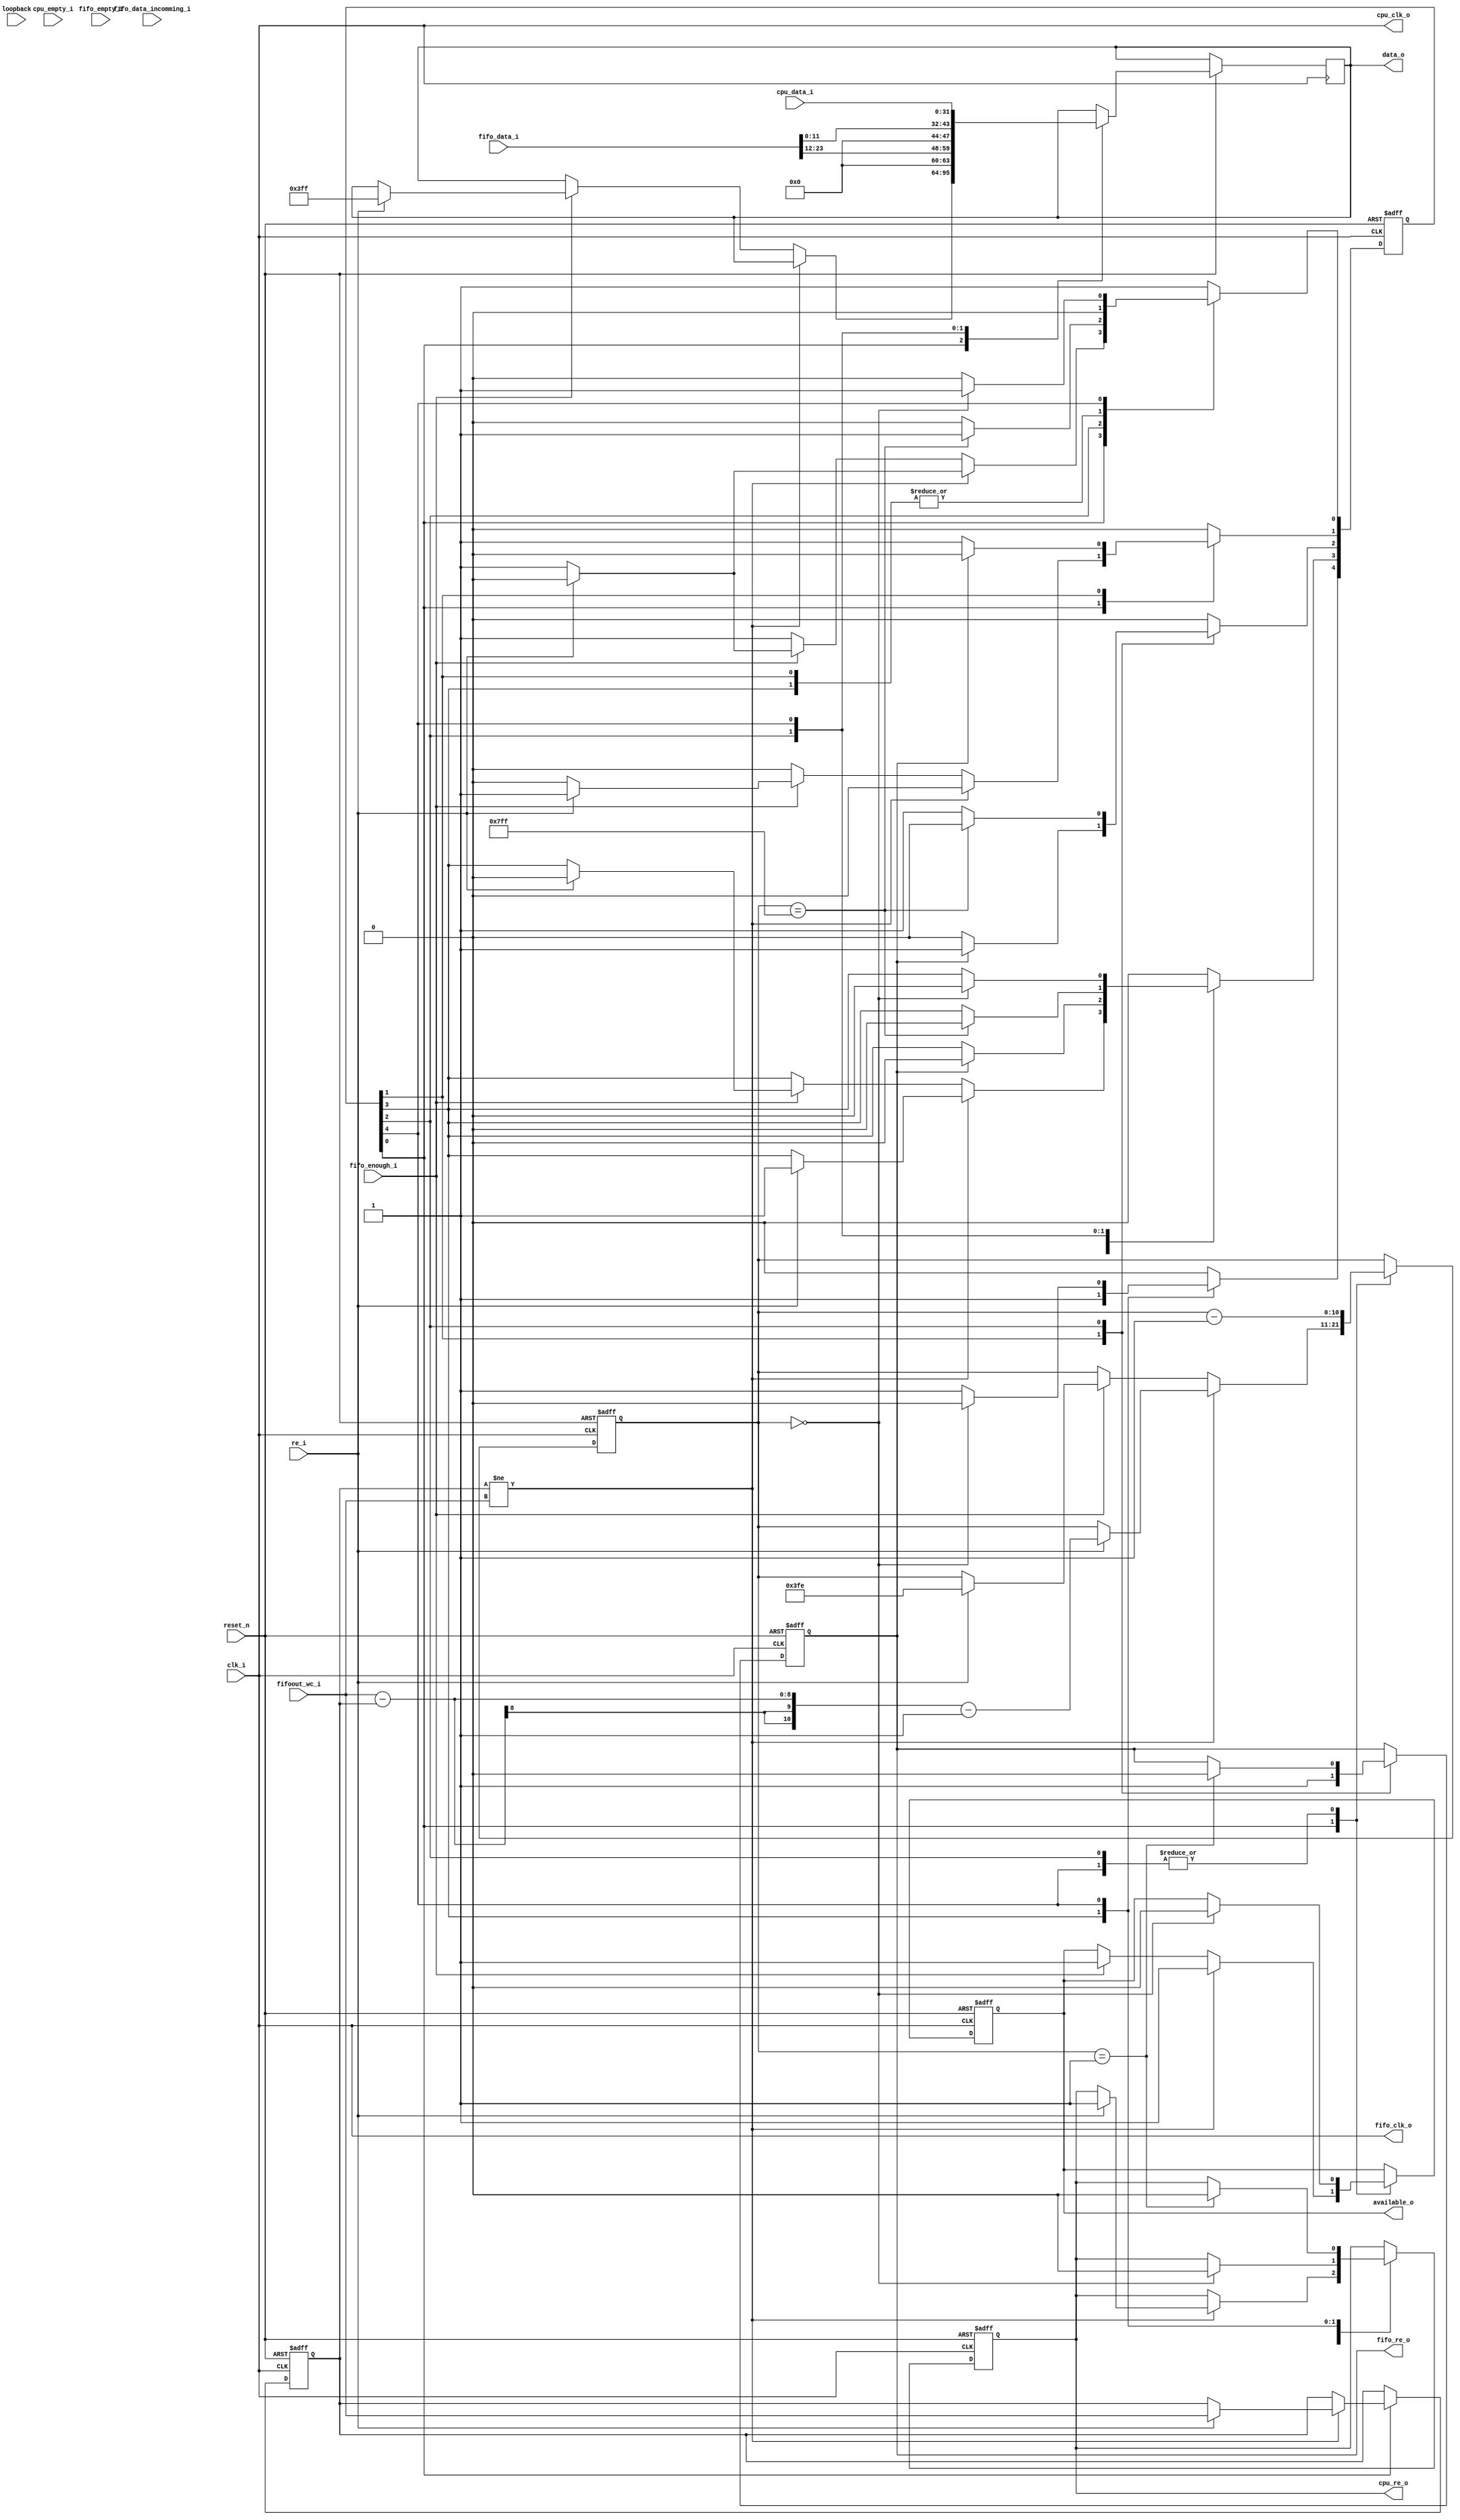


module sel_a2f(
    reset_n,
    loopback,
		// FIFO/ECPU to FTDI
	//input from FIFO
	fifo_data_i,
	fifo_clk_o,
	fifo_re_o,
    fifo_empty_i,
    fifo_enough_i,
    fifo_data_incomming_i,
	
	//input from ECPU
	cpu_data_i,
    cpu_empty_i,
	cpu_clk_o,
	cpu_re_o,
    fifoout_wc_i,
	
	//output to FTDI
	clk_i,
	re_i,
    data_o,
    available_o
	);
	

parameter FT_DATA_WIDTH = 32;
parameter IQ_PAIR_WIDTH = 24;
parameter QSTART_BIT_INDEX = 16;	

localparam FIFO_WORDS_PER_TRANS = 1024;

parameter ST_IDLE=0, ST_DUMMY_FIFO=1,  ST_FIFO=2, ST_DUMMY_CPU=3, ST_CPU=4;

input wire reset_n, loopback;

input wire clk_i;
output wire cpu_clk_o;
output wire fifo_clk_o;

input wire re_i;
output reg fifo_re_o;
output reg cpu_re_o;

output reg[FT_DATA_WIDTH-1:0] data_o;
input wire[FT_DATA_WIDTH-1:0] cpu_data_i;
input wire[IQ_PAIR_WIDTH-1:0] fifo_data_i;


input wire fifo_empty_i, fifo_enough_i, fifo_data_incomming_i, cpu_empty_i;
output reg available_o;
input wire[7:0] fifoout_wc_i;


//----------------------------------------------------------------------    

wire[FT_DATA_WIDTH-1:0] fifo_data_32 =
        {{(FT_DATA_WIDTH-(QSTART_BIT_INDEX+IQ_PAIR_WIDTH/2)){1'b0}},
           fifo_data_i[IQ_PAIR_WIDTH - 1:IQ_PAIR_WIDTH/2],
        {(QSTART_BIT_INDEX-IQ_PAIR_WIDTH/2){1'b0}},
           fifo_data_i[IQ_PAIR_WIDTH/2 - 1:0]}; 



assign cpu_clk_o = clk_i;    
assign fifo_clk_o = clk_i;                            



// Internal  
    
reg[4:0] state;
reg[7:0] cpu_fifo_wc_done;
reg[10:0] packet_cnt;

wire have_cpu_packet = cpu_fifo_wc_done != fifoout_wc_i;


always @ (posedge clk_i or negedge reset_n)    
if (~reset_n) begin
    state <= 5'b00000;
    state[ST_IDLE] <= 1;
    
    cpu_fifo_wc_done <= 0;

    packet_cnt <= 0;
    
    available_o <= 1'b0;
    fifo_re_o <= 1'b0;
    cpu_re_o <= 1'b0;
    end        
else begin
    
    case (1'b1)   // synopsys full_case parallel_case
        state[ST_IDLE]:                 
            if (have_cpu_packet) begin
                available_o <= 1'b1;
                if (re_i) begin
                    state <= 5'b00000;
                    state[ST_DUMMY_CPU] <= 1;
                    
                    cpu_re_o <= 1'b1;
                    
                    packet_cnt <= fifoout_wc_i - cpu_fifo_wc_done - 1;
                    cpu_fifo_wc_done <= fifoout_wc_i;
                    end
                
                end
            else  if(fifo_enough_i) begin
                available_o <= 1'b1;
                if (re_i) begin
                    state <= 5'b00000;
                    state[ST_DUMMY_FIFO] <= 1;
                    
                    packet_cnt <= FIFO_WORDS_PER_TRANS - 2;
                    data_o <= FIFO_WORDS_PER_TRANS - 1;
                    end
                
                end            
        
        state[ST_DUMMY_FIFO]: begin
            fifo_re_o <= 1'b1;
            if (fifo_re_o) begin
                state <= 5'b00000;
                state[ST_FIFO] <= 1;
                end  
            end
                
        state[ST_FIFO]: begin
            packet_cnt <= packet_cnt - 11'h1;
            data_o <= fifo_data_32;
            
            if (packet_cnt == 1) 
                fifo_re_o <= 1'b0;
            if (packet_cnt == 0) 
                available_o <= 1'b0;
                 
            if (packet_cnt == 11'h7ff) begin
                state <= 5'b00000;
                state[ST_IDLE] <= 1;                
                end                 
            end      
        
        state[ST_DUMMY_CPU]: begin 
            if (packet_cnt == 0)
                cpu_re_o <= 1'b0;
                                
            state <= 5'b00000;
            state[ST_CPU] <= 1;
            end    

            
        state[ST_CPU]: begin
            data_o <= cpu_data_i;            
            packet_cnt <= packet_cnt - 11'h1;           
                
            if (packet_cnt == 0) begin
                state <= 5'b00000;
                state[ST_IDLE] <= 1;
                
                available_o <= 1'b0;
                end
            if (packet_cnt == 1)
                cpu_re_o <= 1'b0;
            end

        default : begin
            state <= 5'b00000;
            state[ST_IDLE] <= 1;
            end
    
    endcase

end


reg [23:0] prev;    
reg debug_en;

always @ (posedge clk_i or negedge reset_n)
if (~reset_n) begin
    debug_en <= 0;
    prev <= 32'h0;
    end
else begin
    if (fifo_re_o) begin
        prev <= fifo_data_i;
        if (fifo_data_i == 24'h005005 & prev != 24'h004004)
            debug_en <= 1;
    
        end
    end
    
endmodule